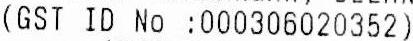
(GST ID NO :000306020352)